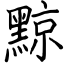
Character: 黥